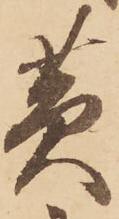
黄